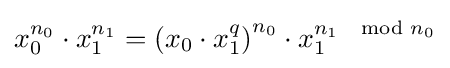
x_{0}^{n_{0}}\cdot x_{1}^{n_{1}}=\left(x_{0}\cdot x_{1}^{q}\right)^{n_{0}}\cdot x_{1}^{n_{1}\mod n_{0}}